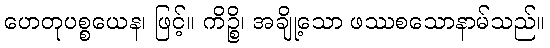
ဟေတုပစ္စယေန၊ ဖြင့်။ ကိဉ္စိ၊ အချို့သော ဖဿစသောနာမ်သည်။